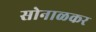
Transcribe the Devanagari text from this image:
सोनाळकर